Civil Veterinary Dept. Bombay admin report 1932-41 - 1932-1941
Year: 1932
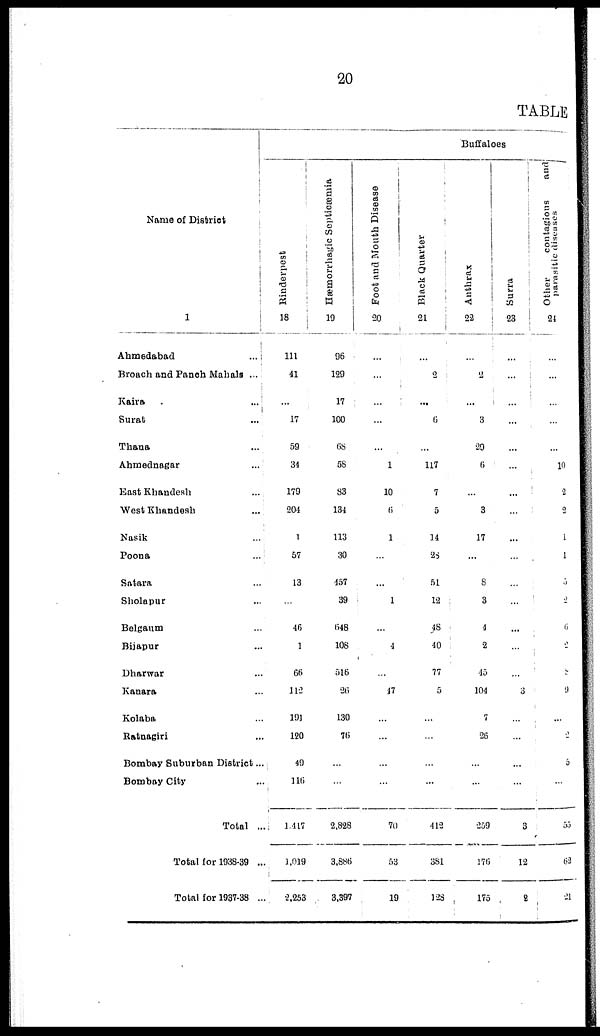
20
TABLE
Name of District
1
Ahmedabad ...
Broach and Panch Mahals ...
Kaira ...
Surat ...
Thana ...
Ahmednagar ...
East Khandesh ...
West Khandesh ...
Nasik ...
Poona ...
Satara ...
Sholapur ...
Belgaum ...
Bijapur ...
Dharwar ...
Kanara ...
Kolaba ...
Ratnagiri ...
Bombay Suburban District ...
Bombay City ...
Total ...
Total for 1938-39 ...
Total for 1937-38 ...
Buffaloes
Rinderpest
18
111
41
...
17
59
34
179
204
1
57
13
...
46
1
66
112
191
120
49
116
1,417
1,019
2,253
Hæmorrhagic Septicæmia
19
96
129
17
100
68
58
83
134
113
30
457
39
648
108
516
26
130
76
...
...
2,828
3,886
3,397
Foot and Mouth Disease
20
...
...
...
...
...
1
10
6
1
...
...
1
...
4
...
47
...
...
...
...
70
53
19
Black Quarter
21
...
2
...
6
...
117
7
5
14
26
51
12
48
40
77
5
...
...
...
...
412
381
128
Anthrax
22
...
2
...
3
29
6
...
3
17
...
8
3
4
2
45
104
7
26
...
...
259
176
175
Surra
23
...
...
...
...
...
...
...
...
...
...
...
...
...
...
...
3
...
...
...
...
3
12
2
Ot her contagions
parasitic dise
24
...
...
...
...
...
10
2
2
1
1
5
2
6
2
8
9
...
2
3
...
55
63
21